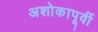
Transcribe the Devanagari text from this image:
अशोकापूर्वी